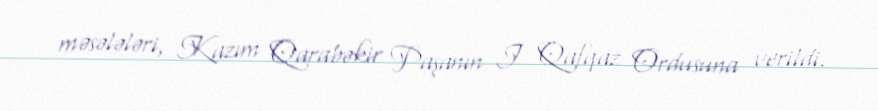
məsələləri, Kazım Qarabəkir Paşanın I Qafqaz Ordusuna verildi.